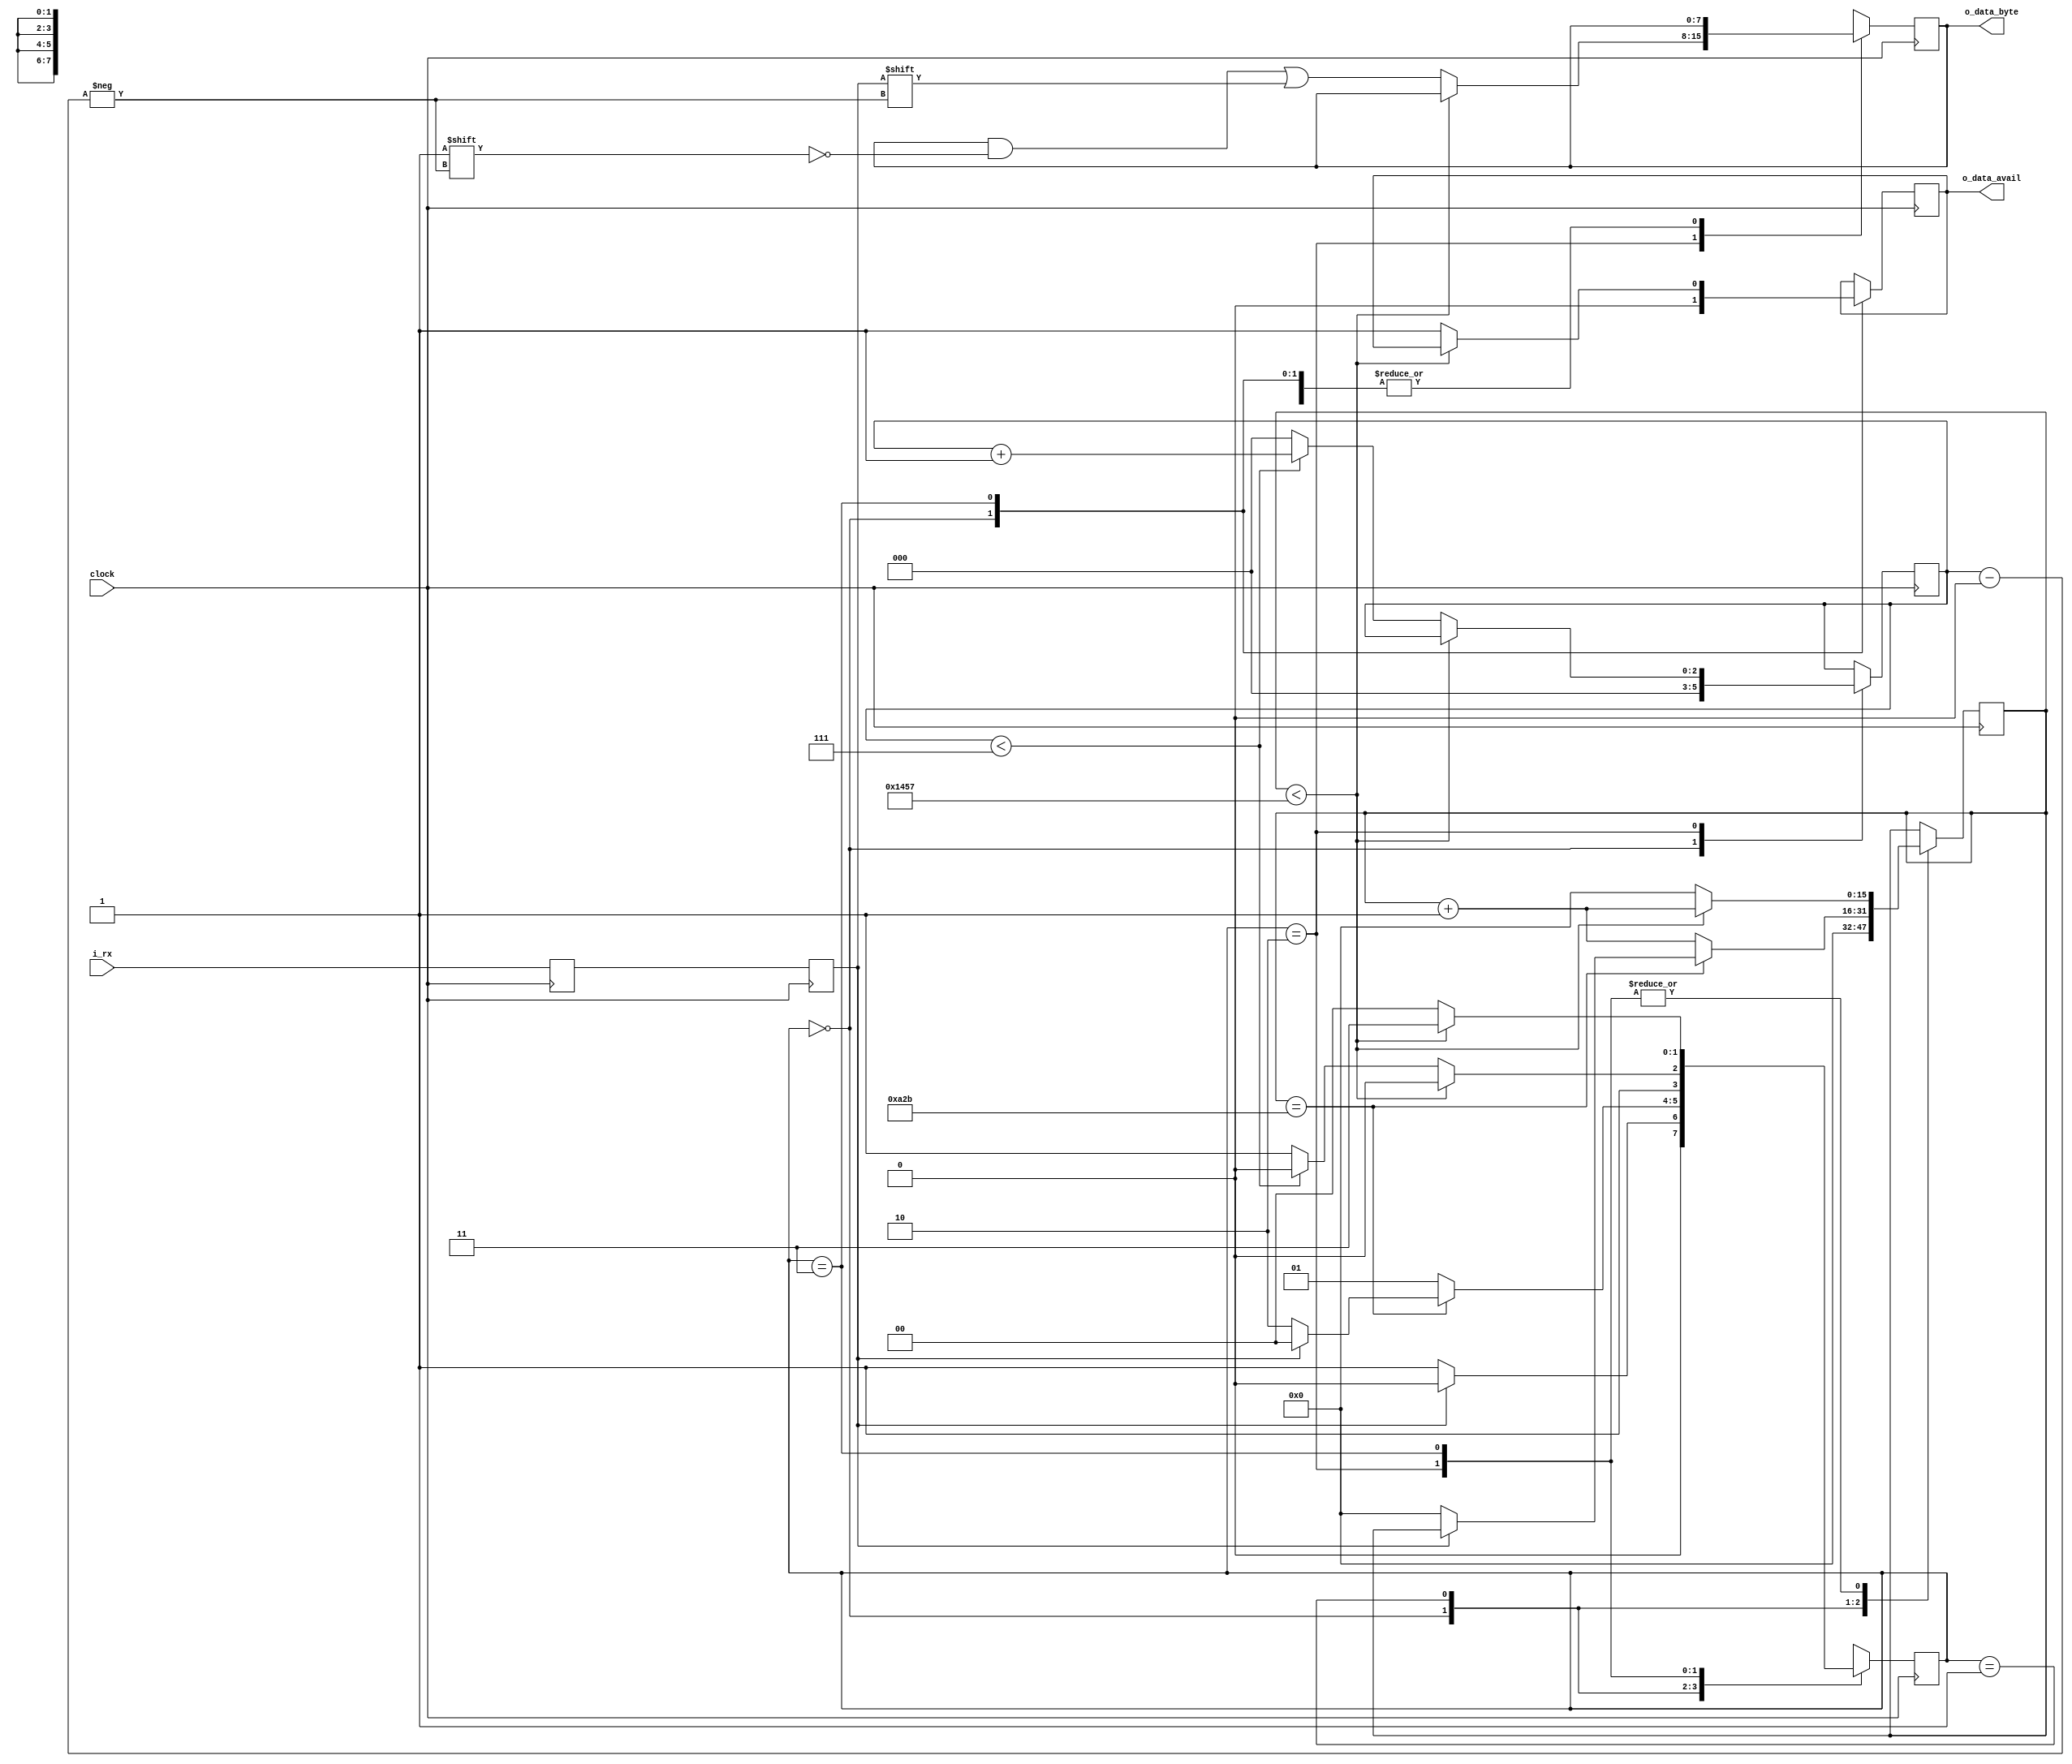
module UART_Rx (input clock, input i_rx, output o_data_avail, output[7:0] o_data_byte);

	//The FPGA clock freq. is 50MHz, the sender will send 9600 bits per second >> 1/9600 * 50MHz = 5208 clocks/bit
	localparam 	CLKS_PER_BIT = 5208;

	localparam IDLE_STATE = 0;
	localparam START_STATE = 1;
	localparam GET_BIT_STATE = 2; 
	localparam STOP_STATE = 3;

	reg rx_buffer = 1'b1;
	reg rx = 1'b1;

	reg[1:0] state = 0;
	reg[15:0] counter = 0;
	reg[2:0] bit_index = 0;
	reg data_avail = 0;
	reg[7:0] data_byte = 0;


	assign o_data_avail = data_avail;
	assign o_data_byte = data_byte;

	always@(posedge clock) begin 
		rx_buffer <= i_rx;
		rx <= rx_buffer;
	end

	always@(posedge clock) begin 
		case(state)
			IDLE_STATE: begin 
				data_avail <= 0;
				counter <= 0;
				bit_index <= 0;
				if (rx == 0) state <= START_STATE;
				else state <= IDLE_STATE;
			end
				
			START_STATE: begin 
				if (counter == (CLKS_PER_BIT - 1) / 2) begin 
					if (rx == 0) begin 
						counter <= 0;
						state <= GET_BIT_STATE;
					end 
					else state <= IDLE_STATE;
				end
				else begin 
					counter <= counter + 1;
					state <= START_STATE;
				end
			end
			
			GET_BIT_STATE: begin 
				if (counter < CLKS_PER_BIT - 1) begin 
					counter <= counter + 1;
					state <= GET_BIT_STATE;
				end
				else begin 
					counter <= 0;
					data_byte[bit_index] <= rx;
					if (bit_index < 7) begin 
						bit_index <= bit_index + 1;
						state <= GET_BIT_STATE;
					end
					else begin 
						bit_index <= 0;
						state <= STOP_STATE;
					end
				end
			end
			
			STOP_STATE: begin 
				if (counter < CLKS_PER_BIT - 1) begin 
					counter <= counter + 1;
					state <= STOP_STATE;
				end
				else begin 
					data_avail <= 1;
					counter <= 0;
					state <= IDLE_STATE;
				end
			end
			
			default:
				state <= IDLE_STATE;
		endcase
	end

endmodule